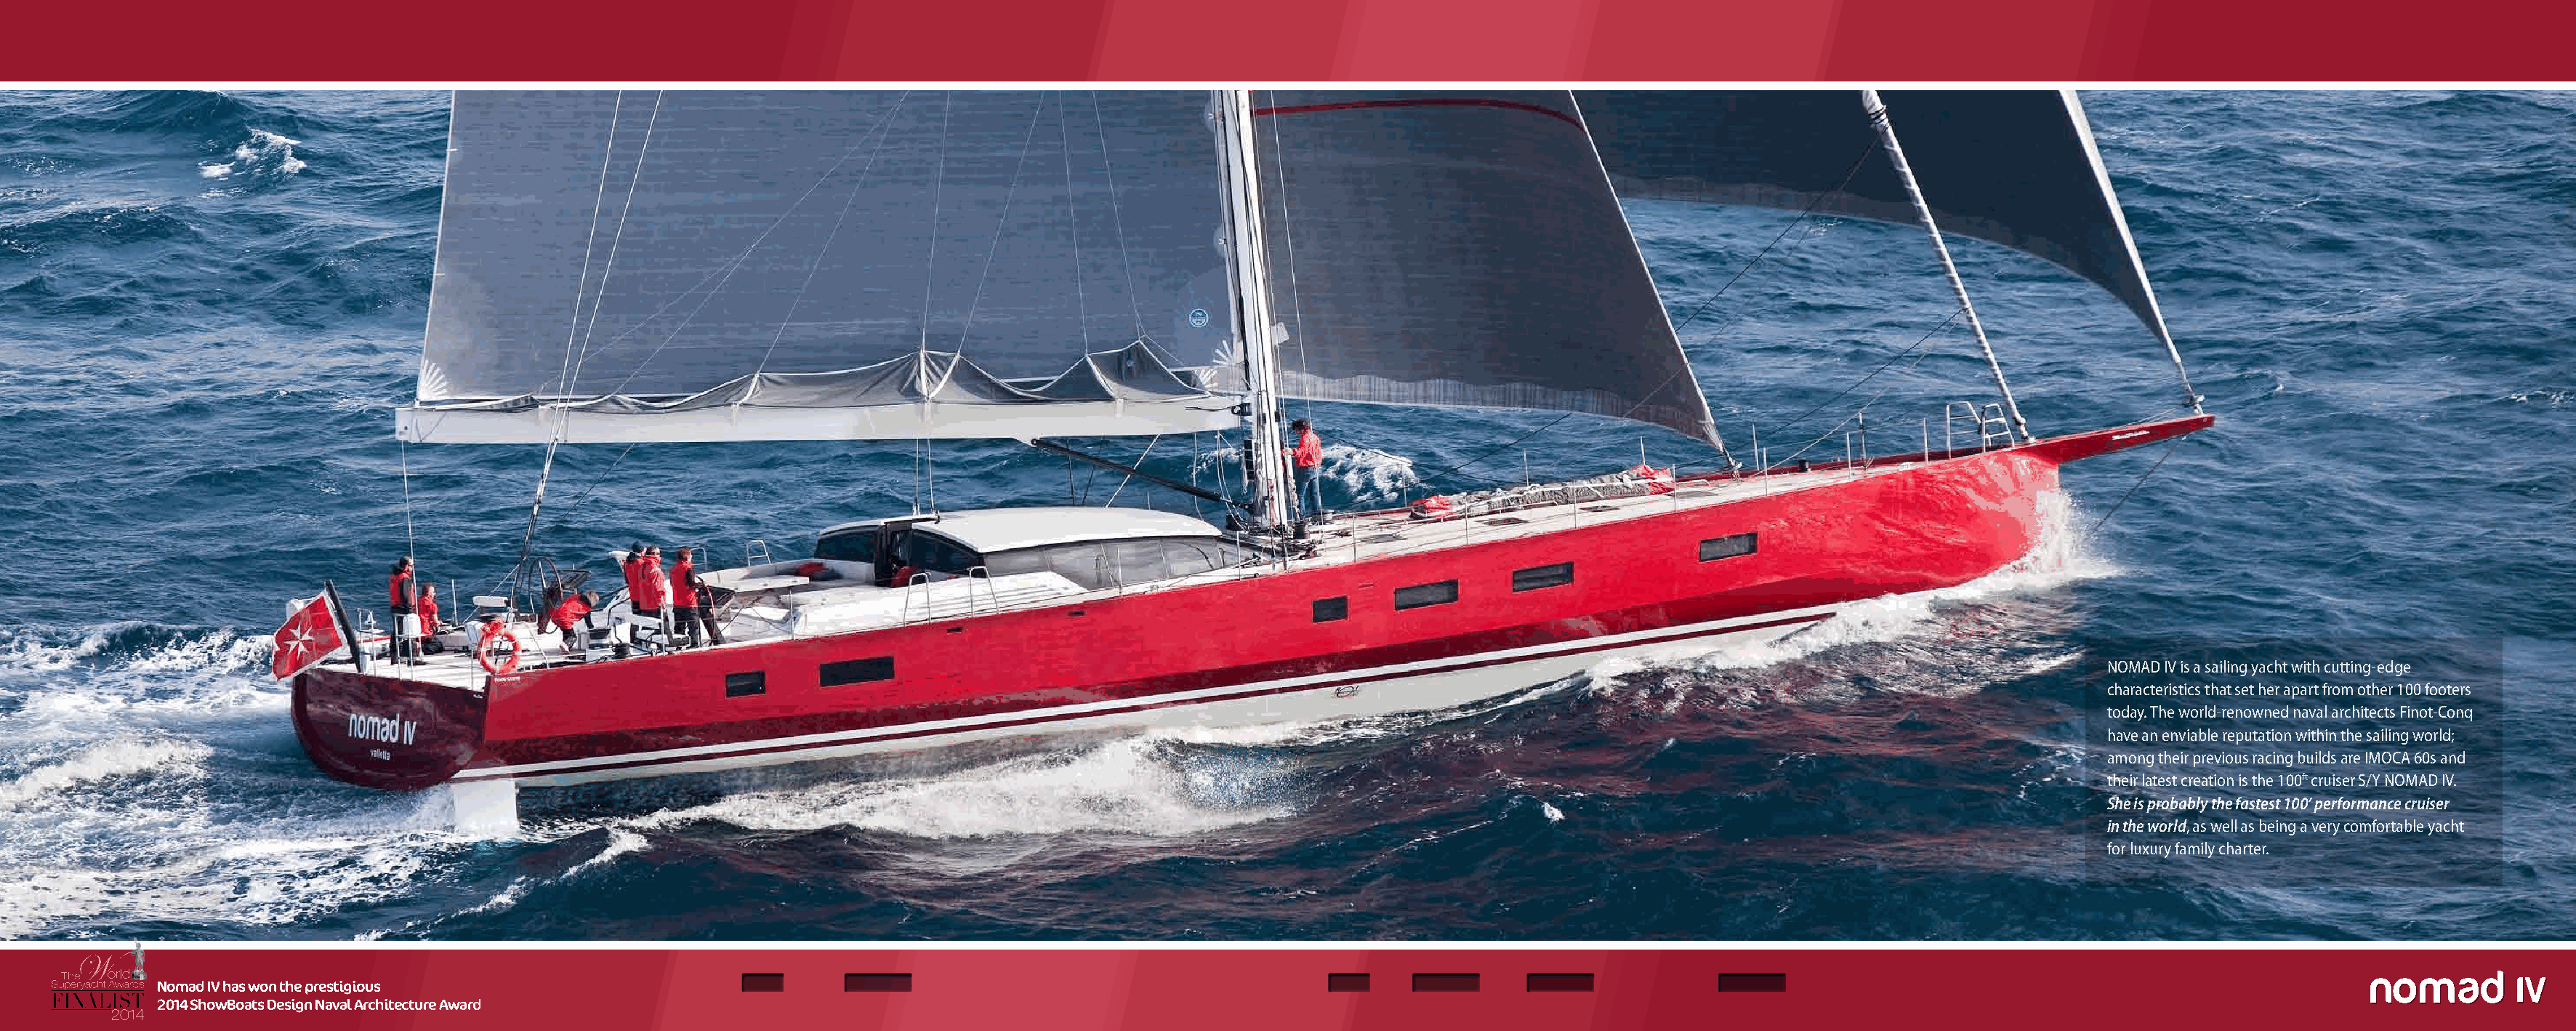
NOMAD IV is a sailing yacht with cutting-edge
 characteristics that set her apart from other 100 footers
 today. The world-renowned naval architects Finot-Conq
 have an enviable reputation within the sailing world;
 among their previous racing builds are IMOCA 60s and
 their latest creation is the 100ft cruiser S/Y NOMAD IV.
 She is probably the fastest 100’ performance cruiser
 in the world, as well as being a very comfortable yacht
 for luxury family charter.
 Nomad IV has won the prestigious
 2014 ShowBoats Design Naval Architecture Award